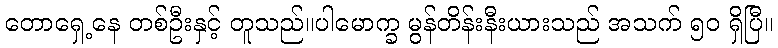
တောရှေ့နေ တစ်ဦးနှင့် တူသည်။ပါမောက္ခ မွန်တိန်းနီးယားသည် အသက် ၅၀ ရှိပြီ။